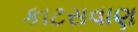
કાટસવાણ